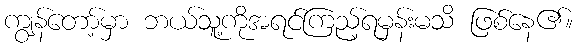
ကျွန်တော့်မှာ ဘယ်သူ့ကိုအရင်ကြည့်ရမှန်းမသိ ဖြစ်နေ၏။